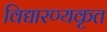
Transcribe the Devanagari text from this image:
विद्यारण्यकृत